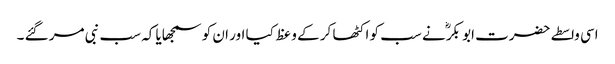
اسی واسطے حضرت ابو بکرؓ نے سب کو اکٹھا کر کے وعظ کیا اور ان کو سمجھایا کہ سب نبی مر گئے ۔